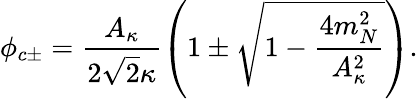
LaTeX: \phi_{c\pm}=\frac{A_{\kappa}}{2\sqrt{2}{\kappa}}\left(1\pm\sqrt{1-\frac{4m_{N}^{2}}{A_{\kappa}^{2}}}\right).